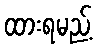
ထားရမည့်